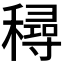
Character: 𥢛